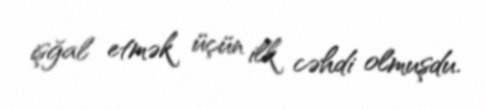
işğal etmək üçün ilk cəhdi olmuşdu.